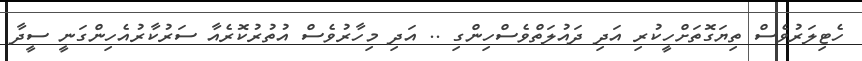
ހެޓިލަރުވެސް ތިޔަގޮތަށްހީކުރި އަދި ދައުލަތްވެސްހިންގި .. އަދި މިހާރުވެސް އުތުރުކޮރެއާ ސަރުކާރުއެހިންގަނީ ސީދާ